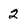
Character: 2